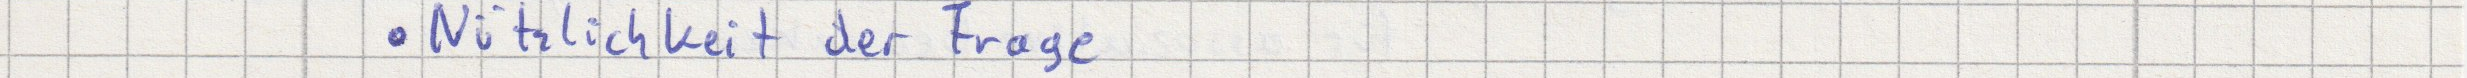
Nützlichkeit der Frage